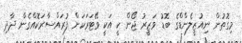
މިގޮތުން ނިއުޒީލެންޑްގެ ބޮޑު ވަޒީރު ޖޯން ކީ އަކީ ވޭޓަރަކަށް ފުރައްސާރަކޮއްގެން ދާދި